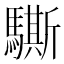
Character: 𲌁